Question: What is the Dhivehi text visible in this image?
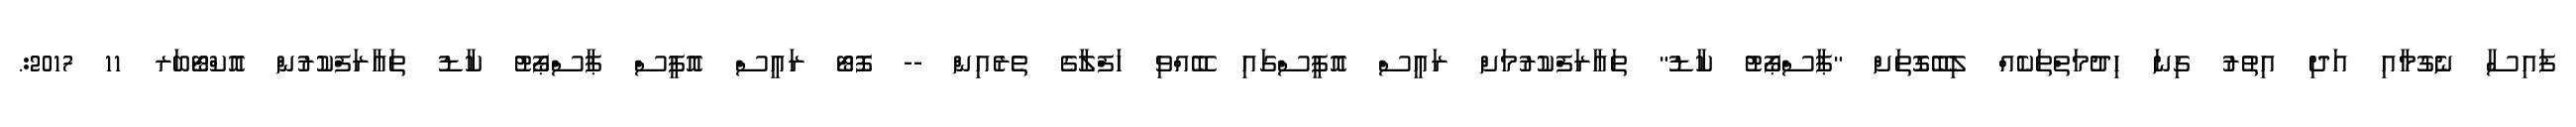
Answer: ފައިސާ ނެގުމާއި އަދި އިތުރު ގިނަ ހިދުމަތްތަކެއް ލިބޭގޮތަށް "ޕާސްޕޯޓު ކާޑު" ތައާރަފްކުރުމަށް ރައީސް އޮފީސްގައި ބޭއްވި ހަފްލާގެ ތެރެއިން -- ފޮޓޯ ރައީސް އޮފީސް ޕާސްޕޯޓު ކާޑު ތައާރަފްކުރުން އޮކްޓޯބަރ 11 2017:.